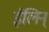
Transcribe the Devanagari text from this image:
ईलिन्